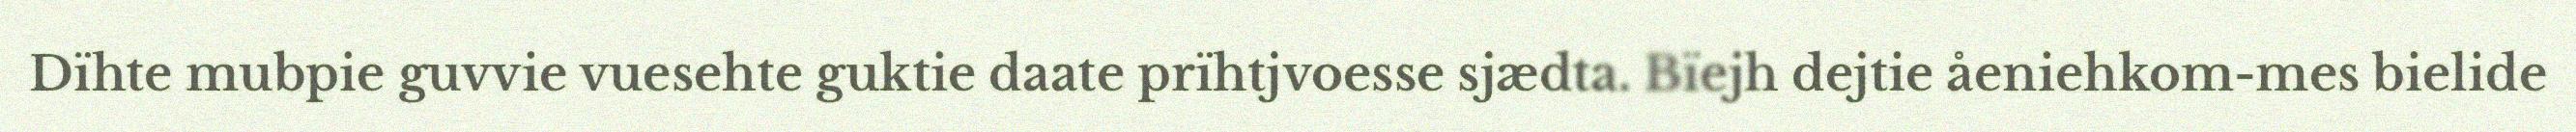
Dïhte mubpie guvvie vuesehte guktie daate prïhtjvoesse sjædta. Bïejh dejtie åeniehkom-mes bielide